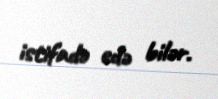
istifadə edə bilər.